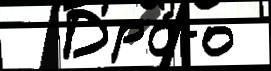
  Дра́го